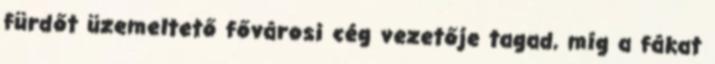
fürdőt üzemeltető fővárosi cég vezetője tagad, míg a fákat